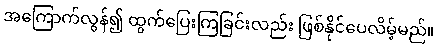
အကြောက်လွန်၍ ထွက်ပြေးကြခြင်းလည်း ဖြစ်နိုင်ပေလိမ့်မည်။